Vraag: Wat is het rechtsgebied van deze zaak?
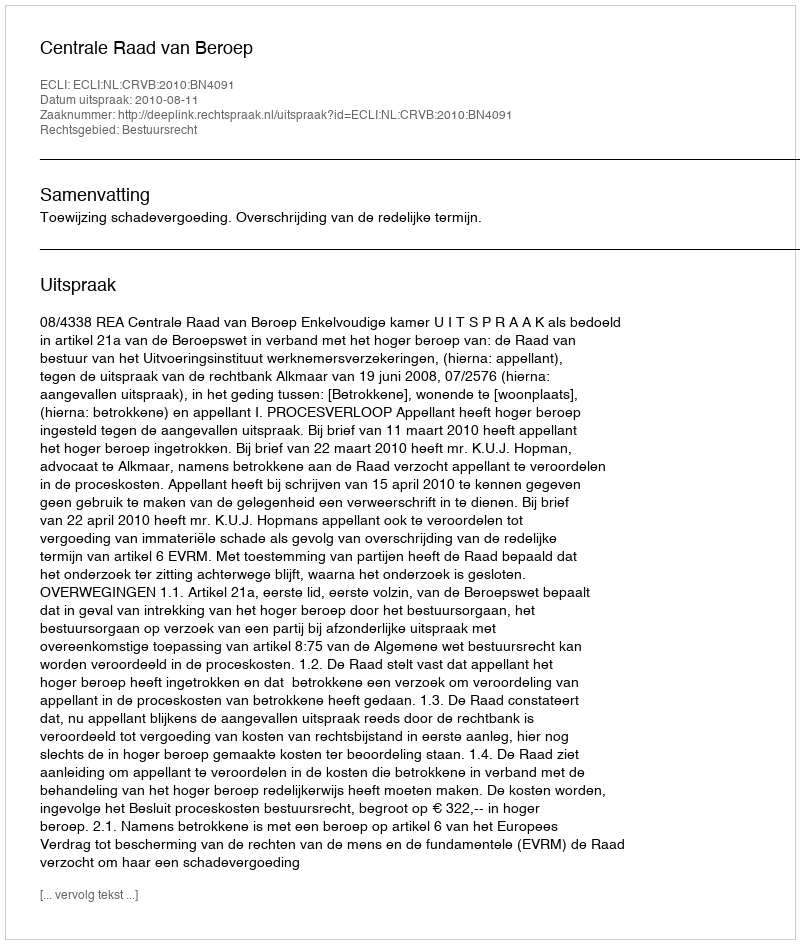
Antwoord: Bestuursrecht